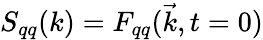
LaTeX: S_{qq}(k)=F_{qq}(\vec{k},t=0)